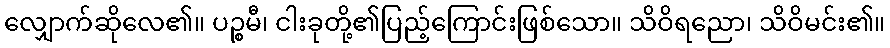
လျှောက်ဆိုလေ၏။ ပဉ္စမီ၊ ငါးခုတို့၏ပြည့်ကြောင်းဖြစ်သော။ သိဝိရညော၊ သိဝိမင်း၏။